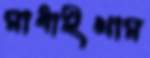
মাধাইখাম